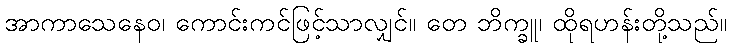
အာကာသေနေဝ၊ ကောင်းကင်ဖြင့်သာလျှင်။ တေ ဘိက္ခူ၊ ထိုရဟန်းတို့သည်။